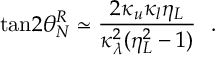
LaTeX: \mathrm { t a n } 2 \theta _ { N } ^ { R } \simeq { \frac { 2 \kappa _ { u } \kappa _ { l } \eta _ { L } } { \kappa _ { \lambda } ^ { 2 } ( \eta _ { L } ^ { 2 } - 1 ) } } ~ ~ .